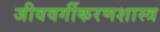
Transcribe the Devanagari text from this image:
जीववर्गीकरणशास्त्र